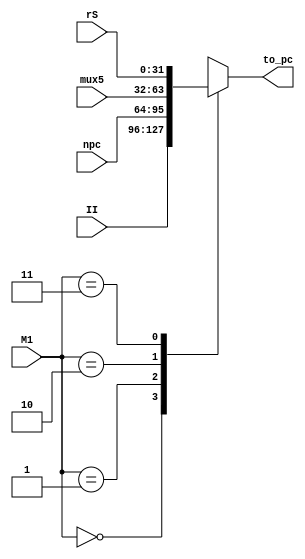
`timescale 1ns / 1ps
//////////////////////////////////////////////////////////////////////////////////
// Company: 
// Engineer: 
// 
// Design Name: 
// Module Name: MUX1
// Project Name: 
// Target Devices: 
// Tool Versions: 
// Description: 
// 
// Dependencies: 
// 
// Revision:
// Revision 0.01 - File Created
// Additional Comments:
// 
//////////////////////////////////////////////////////////////////////////////////


module MUX1(
    input [31 : 0] II,//00
    input [31 : 0] npc,//01
    input [31 : 0] mux5,//10
    input [31 : 0] rS,//11
    input [1 : 0] M1,
    output reg [31 : 0] to_pc
    );
    always @(*)
    begin
    case(M1)
        2'b00: to_pc = II;
        2'b01: to_pc = npc;
        2'b10: to_pc = mux5;     
        2'b11: to_pc = rS;
        default:
        to_pc = 32'bz;//zzzzzzz
   endcase
   end
endmodule